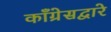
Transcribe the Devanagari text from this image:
काँग्रेसद्वारे